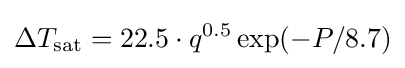
\Delta T_{\rm {sat}}=22.5\cdot {q}^{0.5}\exp(-P/8.7)